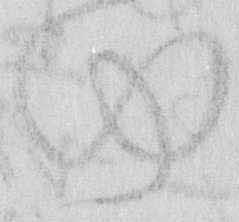
ゆ